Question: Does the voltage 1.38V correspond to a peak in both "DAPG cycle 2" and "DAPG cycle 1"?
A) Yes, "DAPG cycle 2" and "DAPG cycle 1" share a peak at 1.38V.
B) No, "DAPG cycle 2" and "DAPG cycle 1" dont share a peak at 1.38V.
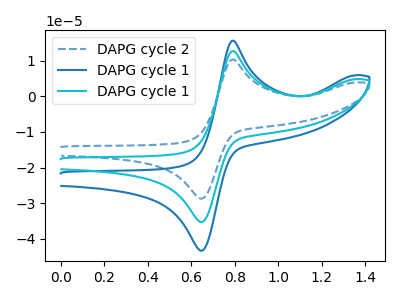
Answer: <think>The blue dashed curve "DAPG cycle 2" has an anodic peak at (0.80V, 10.40uA) and a cathodic peak at (0.65V, -28.70uA). The blue curve "DAPG cycle 1" has an anodic peak at (0.80V, 25.50uA) and a cathodic peak at (0.65V, -70.55uA). The cyan curve "DAPG cycle 1" has an anodic peak at (0.80V, 12.75uA) and a cathodic peak at (0.65V, -35.25uA).</think>
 <answer>B) No, "DAPG cycle 2" and "DAPG cycle 1" dont share a peak at 1.38V.</answer>
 <eval>B</eval>